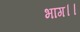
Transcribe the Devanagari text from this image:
भाग।।